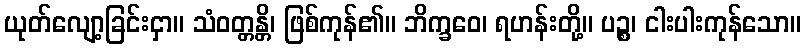
ယုတ်လျော့ခြင်းငှာ။ သံဝတ္တန္တိ၊ ဖြစ်ကုန်၏။ ဘိက္ခဝေ၊ ရဟန်းတို့။ ပဉ္စ၊ ငါးပါးကုန်သော။